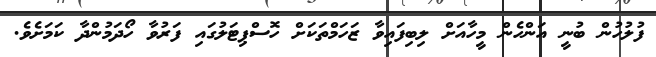
ފުލުހުން ބުނީ އަންހެން މީހާއަށް ލިބިފައިވާ ޒަހަމްތަކަށް ހޮސްޕިޓަލުގައި ފަރުވާ ހޯދަމުންދާ ކަމަށެވެ.